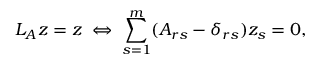
L _ { A } z = z \; \Leftrightarrow \; \sum _ { s = 1 } ^ { m } ( A _ { r s } - \delta _ { r s } ) z _ { s } = 0 , \nonumber